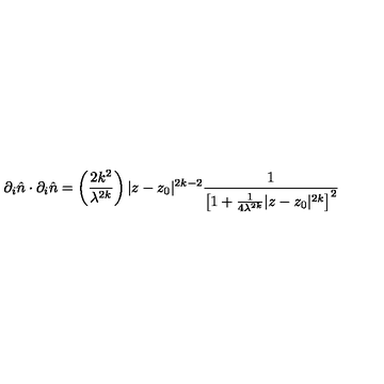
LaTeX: \partial _ { i } \hat { n } \cdot \partial _ { i } \hat { n } = \left( \frac { 2 k ^ { 2 } } { \lambda ^ { 2 k } } \right) | z - z _ { 0 } | ^ { 2 k - 2 } \frac { 1 } { \left[ 1 + \frac { 1 } { 4 \lambda ^ { 2 k } } | z - z _ { 0 } | ^ { 2 k } \right] ^ { 2 } }